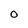
Character: O